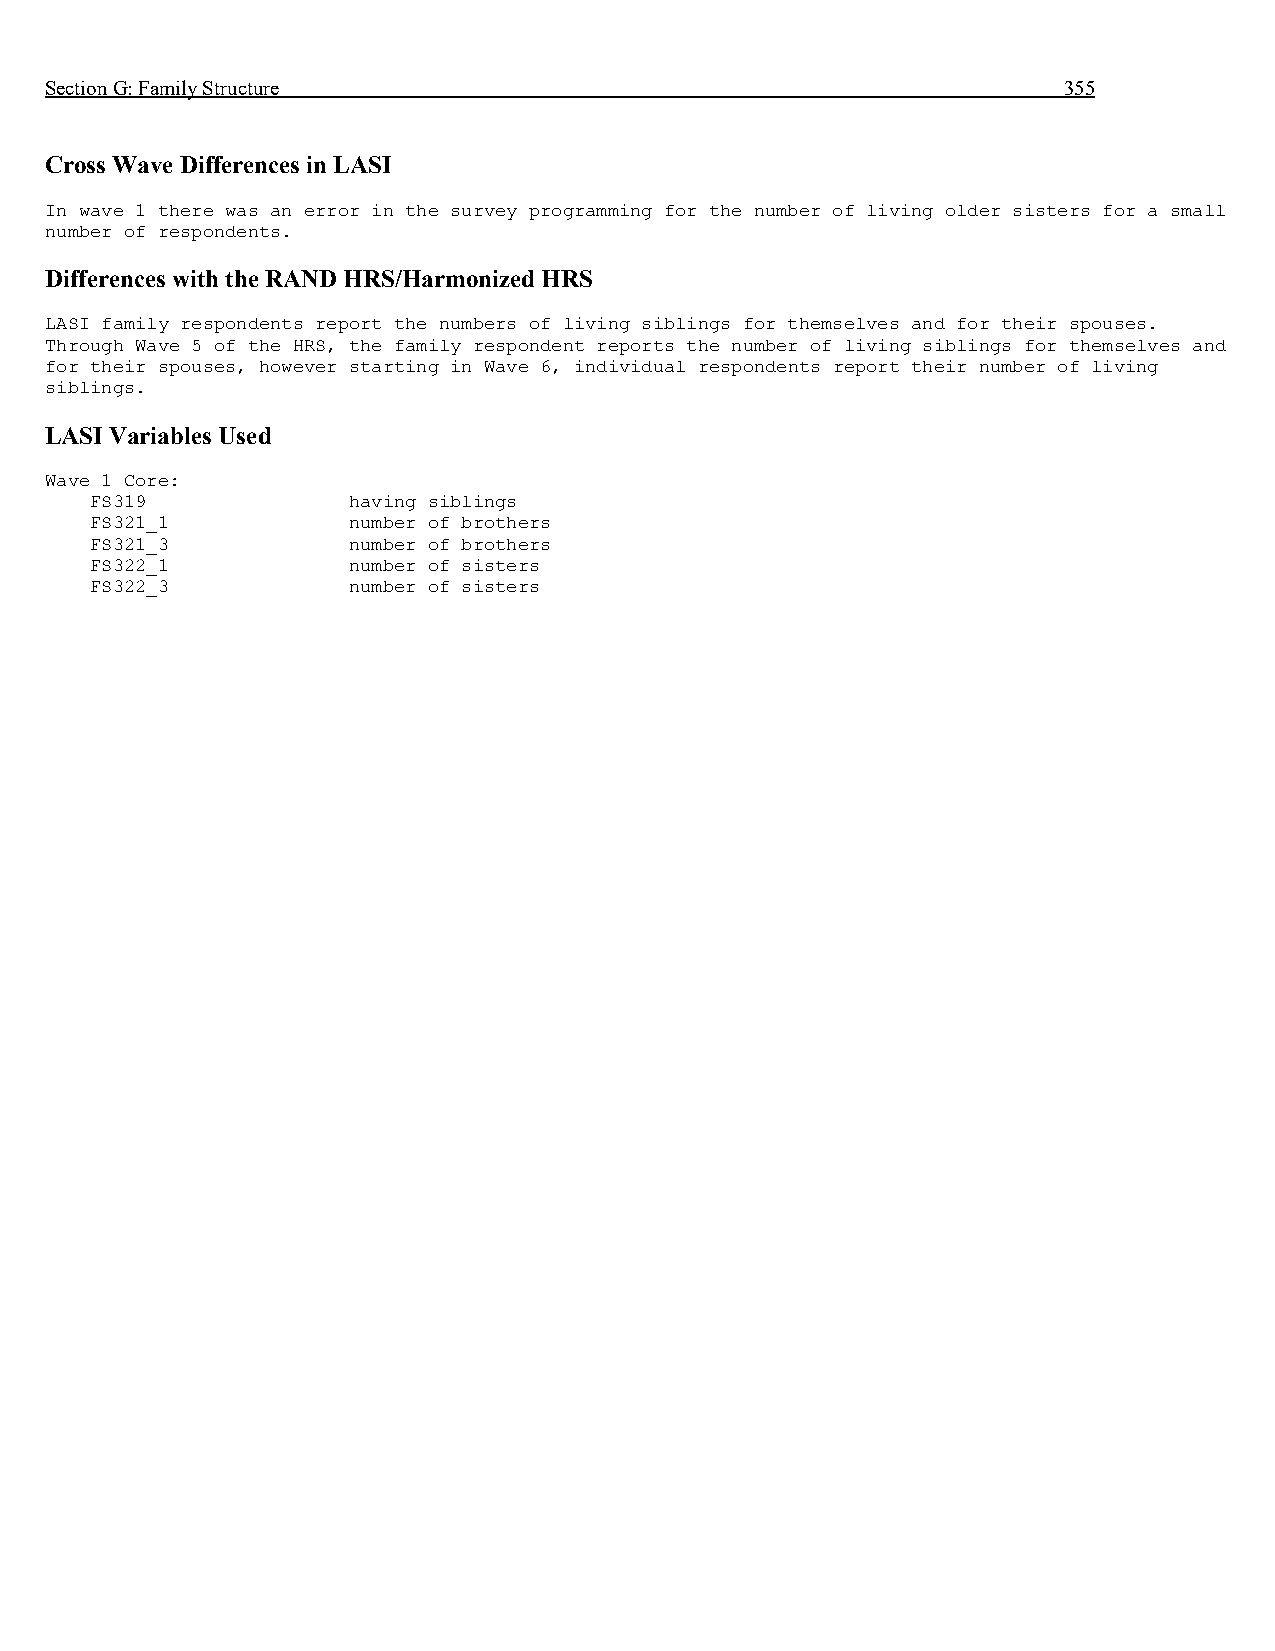
Section G: Family Structure                                        355
 Cross Wave Differences in LASI
 In wave 1 there was an error in the survey programming for the number of living older sisters for a small
 number of respondents.
 Differences with the RAND HRS/Harmonized HRS
 LASI family respondents report the numbers of living siblings for themselves and for their spouses.
 Through Wave 5 of the HRS, the family respondent reports the number of living siblings for themselves and
 for their spouses, however starting in Wave 6, individual respondents report their number of living
 siblings.
 LASI Variables Used
 Wave 1 Core:
 FS319            having siblings
 FS321_1          number of brothers
 FS321_3          number of brothers
 FS322_1          number of sisters
 FS322_3          number of sisters